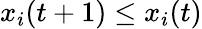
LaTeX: x_{i}(t+1)\leq x_{i}(t)